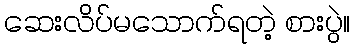
ဆေးလိပ်မသောက်ရတဲ့ စားပွဲ။